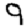
Digit: 9